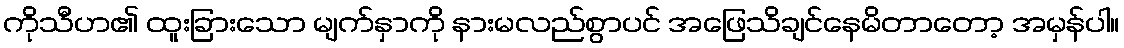
ကိုသီဟ၏ ထူးခြားသော မျက်နှာကို နားမလည်စွာပင် အဖြေသိချင်နေမိတာတော့ အမှန်ပါ။